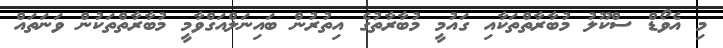
މި އެވޯޑް ސްކޫލު މުބާރާތްތަކާއި ގައުމީ މުބާރާތުގެ އިތުރުން ބައިނަލްއަގްވާމީ މުބާރާތްތަކުން ވަނަތައް